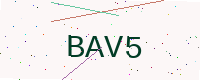
Text: BAV5